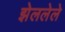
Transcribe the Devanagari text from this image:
झेललेले